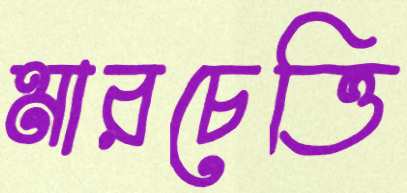
মারচেত্তি